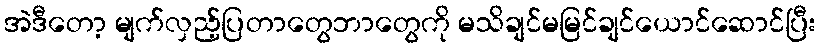
အဲဒီတော့ မျက်လှည့်ပြတာတွေဘာတွေကို မသိချင်မမြင်ချင်ယောင်ဆောင်ပြီး